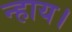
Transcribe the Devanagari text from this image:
न्हाय।